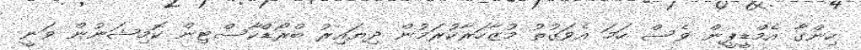
ހިންގާ އެމްޑީޕީން ވެސް ހަމަ އެވަގުތު މުޒާހަރާކުރަމުން ދިޔައިރު ބްރޯޑްކާސްޓިން ކޮމިޝަނުން ވަނީ